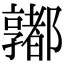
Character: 𨟞